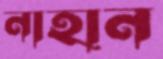
নাহান